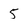
Character: 5